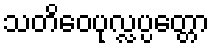
သတိဝေပုလ္လပ္ပတ္တော